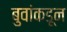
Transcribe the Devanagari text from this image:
बुवांकडून